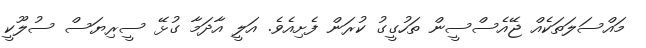
މައްސަލަތަކެއް ޖޭއެސްސީން ތަހުގީގު ކުރަން ފެށިއެވެ. އަލީ އާދަމާ ގުޅޭ ސީރިޔަސް ސުލޫކީ